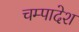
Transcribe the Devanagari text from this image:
चम्पादेश